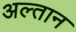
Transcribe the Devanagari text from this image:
अल्तान